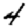
Digit: 4